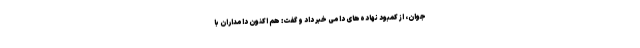
جوان، از کمبود نهاده‌های دامی خبر داد و گفت: هم اکنون دامداران با